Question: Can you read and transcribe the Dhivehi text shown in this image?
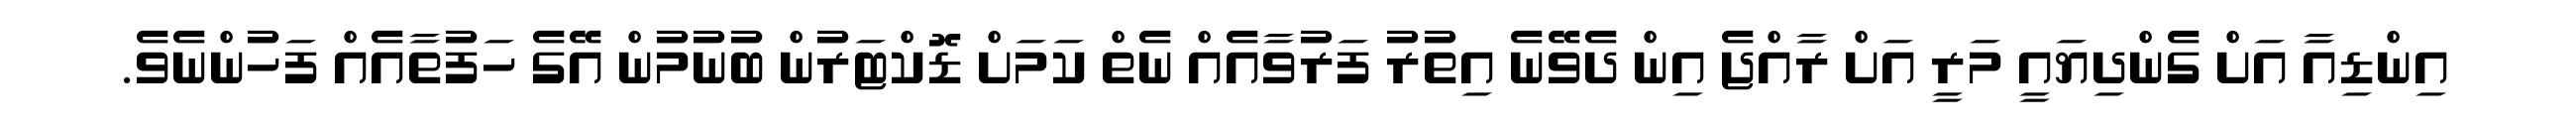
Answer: އިންޑިއާ އަށް ގެންދިޔައީ މަރީ އަށް ރާއްޖެ އިން ދެވޭނެ އިތުރު ފަރުވާއެއް ނެތް ކަމަށް ޑޮކްޓަރުން ބުނުމުން އޭގެ ހަފުތާއެއް ފަހުންނެވެ.